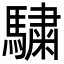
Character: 𩥶